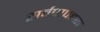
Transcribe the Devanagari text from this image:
सर्वपापहरा